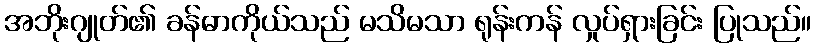
အဘိုးဂျုတ်၏ ခန်ဓာကိုယ်သည် မသိမသာ ရုန်းကန် လှုပ်ရှားခြင်း ပြုသည်။